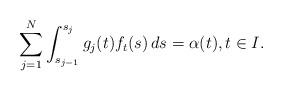
LaTeX: \begin{align*}\sum_{j=1}^N \int_{s_{j-1}}^{s_j} g_j(t) f_t(s)\, ds = \alpha(t),t\in I.\end{align*}